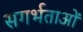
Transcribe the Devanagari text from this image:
सगर्भताओं